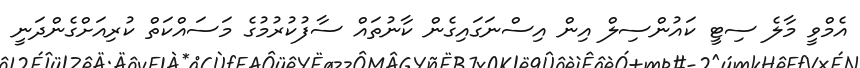
އެމްވީ މާލެ ސިޓީ ކައުންސިލް އިން އިސްނަގައިގެން ކާނުތައް ސާފުކުރުމުގެ މަސައްކަތް ކުރިއަށްގެންދަނީ